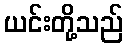
ယင်းတို့သည်